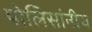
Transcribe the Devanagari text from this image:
पोलिसांनीच